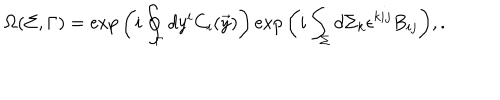
LaTeX: \Omega ( \Sigma , \Gamma ) = \exp { \left( i \oint _ { \Gamma } d y ^ { i } C _ { i } ( \vec { y } ) \right) } \exp { \left( i \int _ { \Sigma } d \Sigma _ { k } \epsilon ^ { k i j } B _ { i j } \right) } , .